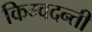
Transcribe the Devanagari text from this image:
किम्वदन्ती